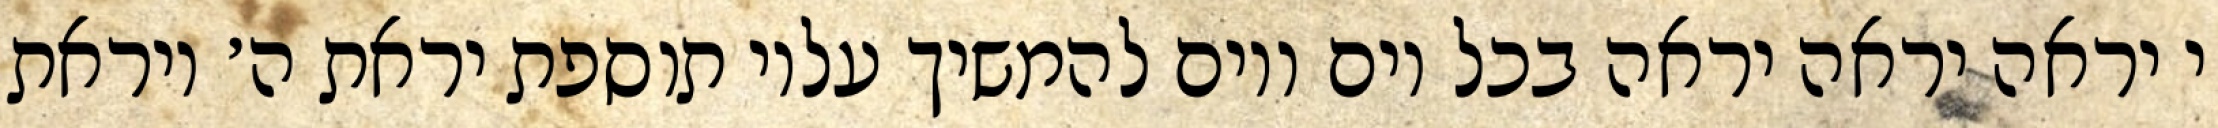
י יראה יראה יראה בכל יום ויום להמשיך עליו תוספת יראת ה׳ ויראת